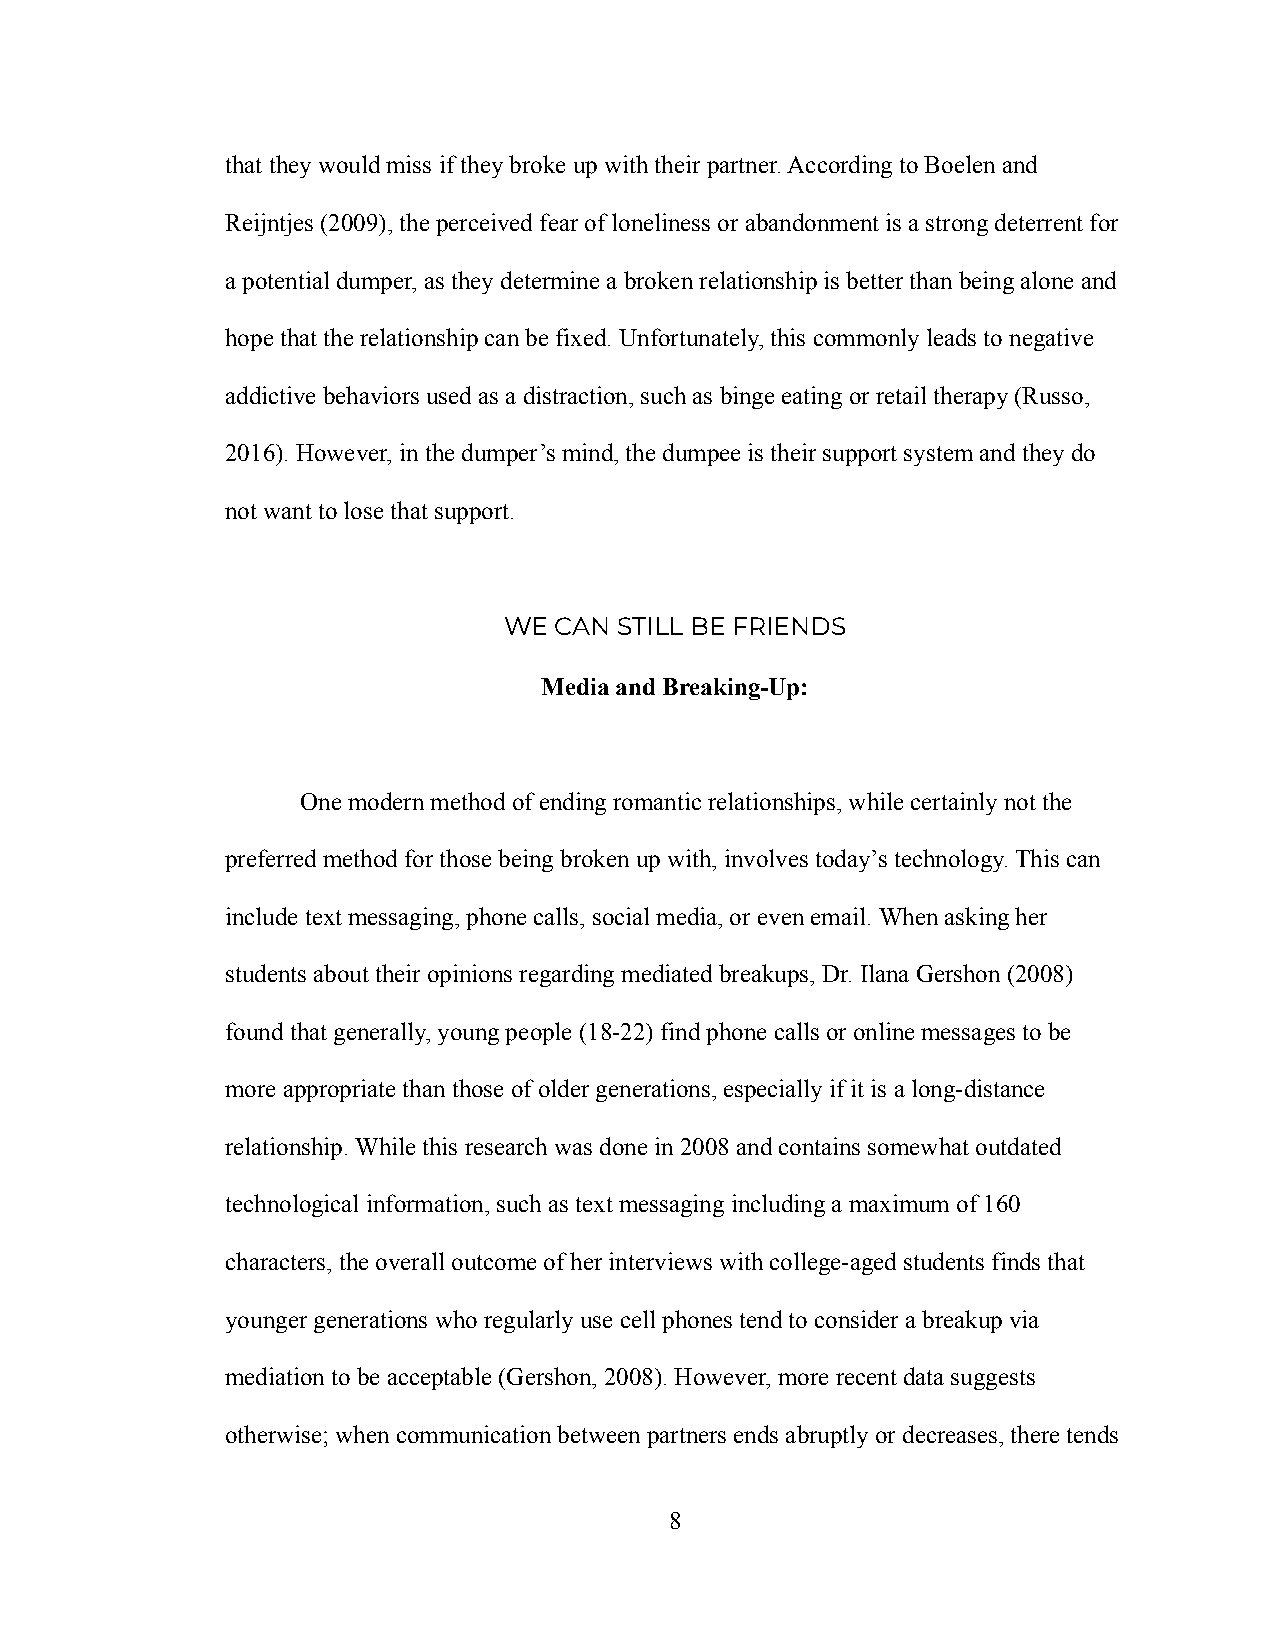
that they would miss if they broke up with their partner. According to Boelen and
 Reijntjes (2009), the perceived fear of loneliness or abandonment is a strong deterrent for
 a potential dumper, as they determine a broken relationship is better than being alone and
 hope that the relationship can be fixed. Unfortunately, this commonly leads to negative
 addictive behaviors used as a distraction, such as binge eating or retail therapy (Russo,
 2016). However, in the dumper’s mind, the dumpee is their support system and they do
 not want to lose that support.
 WE  CAN STILL BE FRIENDS
 Media and Breaking-Up:
 One modern method of ending romantic relationships,while certainly not the
 preferred method for those being broken up with, involves today’s technology. This can
 include text messaging, phone calls, social media, or even email. When asking her
 students about their opinions regarding mediated breakups, Dr. Ilana Gershon (2008)
 found that generally, young people (18-22) find phone calls or online messages to be
 more appropriate than those of older generations, especially if it is a long-distance
 relationship. While this research was done in 2008 and contains somewhat outdated
 technological information, such as text messaging including a maximum of 160
 characters, the overall outcome of her interviews with college-aged students finds that
 younger generations who regularly use cell phones tend to consider a breakup via
 mediation to be acceptable (Gershon, 2008). However, more recent data suggests
 otherwise; when communication between partners ends abruptly or decreases, there tends
 8